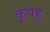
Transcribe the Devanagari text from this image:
कूपहु